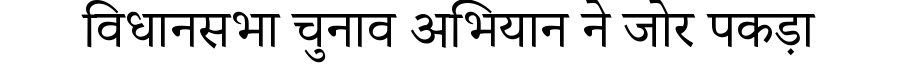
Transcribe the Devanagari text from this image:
विधानसभा चुनाव अभियान ने जोर पकड़ा